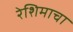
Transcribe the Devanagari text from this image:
रेशिमाचा